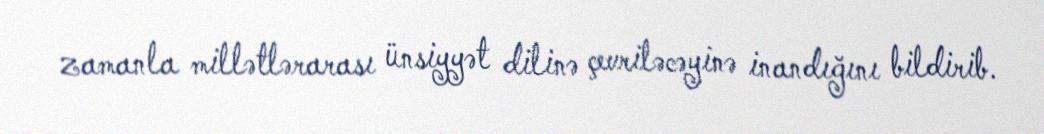
zamanla millətlərarası ünsiyyət dilinə çevriləcəyinə inandığını bildirib.